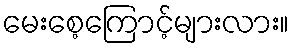
မေးစေ့ကြောင့်များလား။